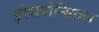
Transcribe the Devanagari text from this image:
इरेसपोन्सिबल